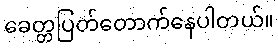
ခေတ္တပြတ်တောက်နေပါတယ်။